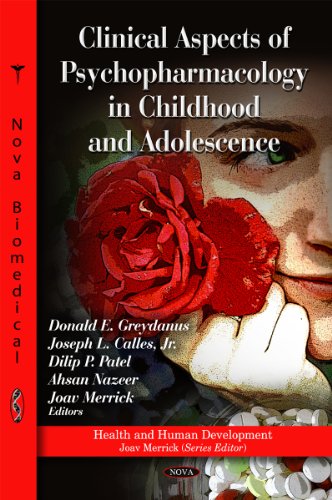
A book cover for Clinical Aspects of Psychopharmacology in Childhood and Adolescence (Health and Human Development); Medical Books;